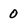
Character: 0